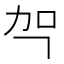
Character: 㔖